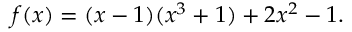
f ( x ) = ( x - 1 ) ( x ^ { 3 } + 1 ) + 2 x ^ { 2 } - 1 .